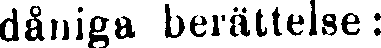
dåniga berättelse: